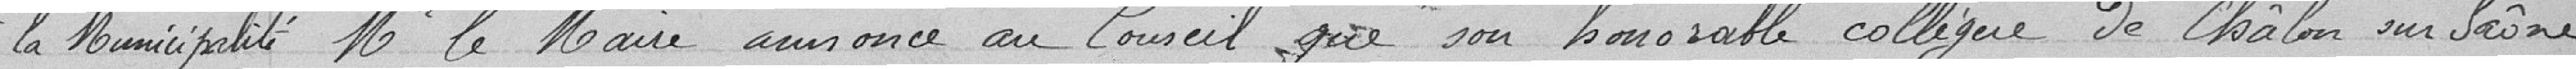
la Municipalité MR le Maire annonce au Conseil que son honorable collègue de Chalon sur Saône